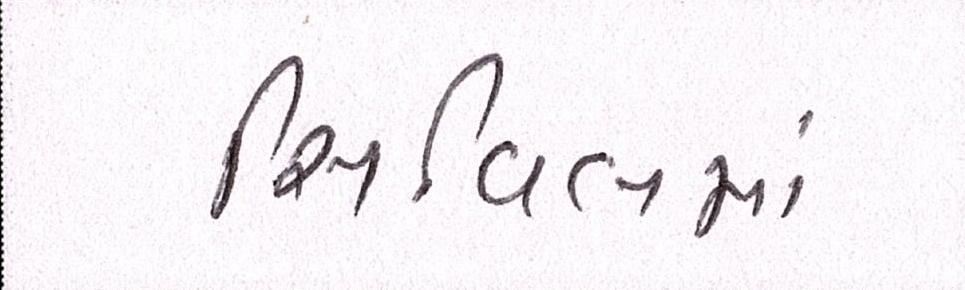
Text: સિવિલમાં